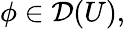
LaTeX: \phi\in{\mathcal{D}}(U),